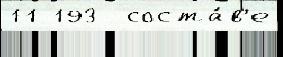
11 193  соста́в'е